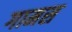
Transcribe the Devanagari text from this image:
गामस